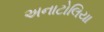
અનાટોલિયા